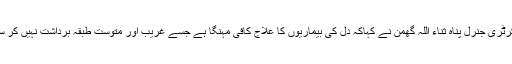
سیکرٹری جنرل پناہ ثناء اللہ گھمن نے کہاکہ دل کی بیماریوں کا علاج کافی مہنگا ہے جسے غریب اور متوست طبقہ برداشت نہیں کر سکتا۔